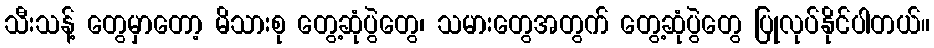
သီးသန့် တွေမှာတော့ မိသားစု တွေ့ဆုံပွဲတွေ၊ သမားတွေအတွက် တွေ့ဆုံပွဲတွေ ပြုလုပ်နိုင်ပါတယ်။